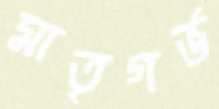
মাতৃগর্ভ